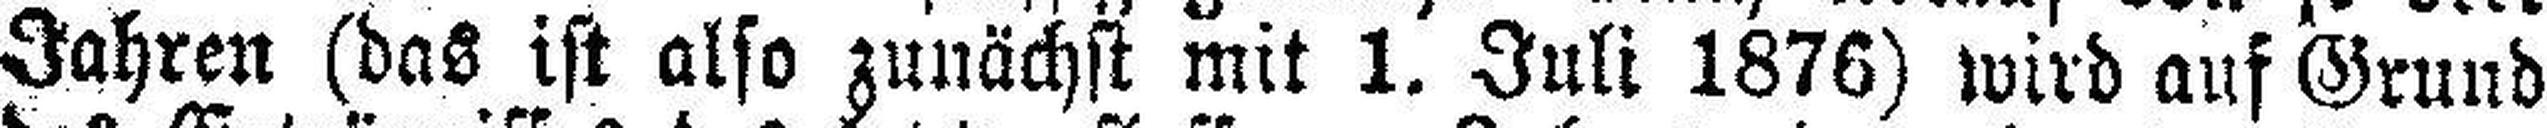
Jahren (das ist also zunächst mit 1. Juli 1876) wird auf Grund